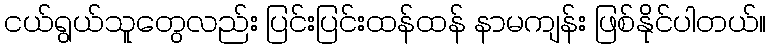
ငယ်ရွယ်သူတွေလည်း ပြင်းပြင်းထန်ထန် နာမကျန်း ဖြစ်နိုင်ပါတယ်။